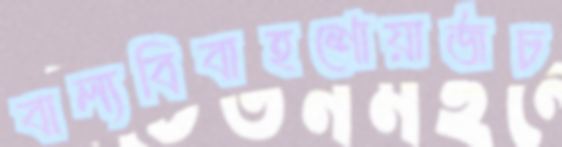
বাল্যবিবাহশোয়ার্জচ